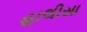
હાલીસા